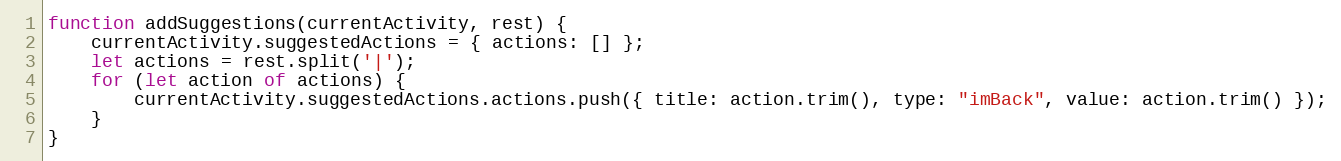
Language: JavaScript
function addSuggestions(currentActivity, rest) {
    currentActivity.suggestedActions = { actions: [] };
    let actions = rest.split('|');
    for (let action of actions) {
        currentActivity.suggestedActions.actions.push({ title: action.trim(), type: "imBack", value: action.trim() });
    }
}